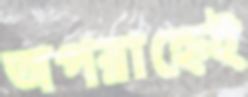
অপরাহ্নেই